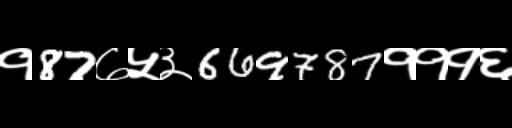
Text: १87७५३669787१११६